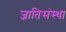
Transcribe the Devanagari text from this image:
ज्ञातिसंस्था